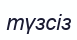
түзсіз